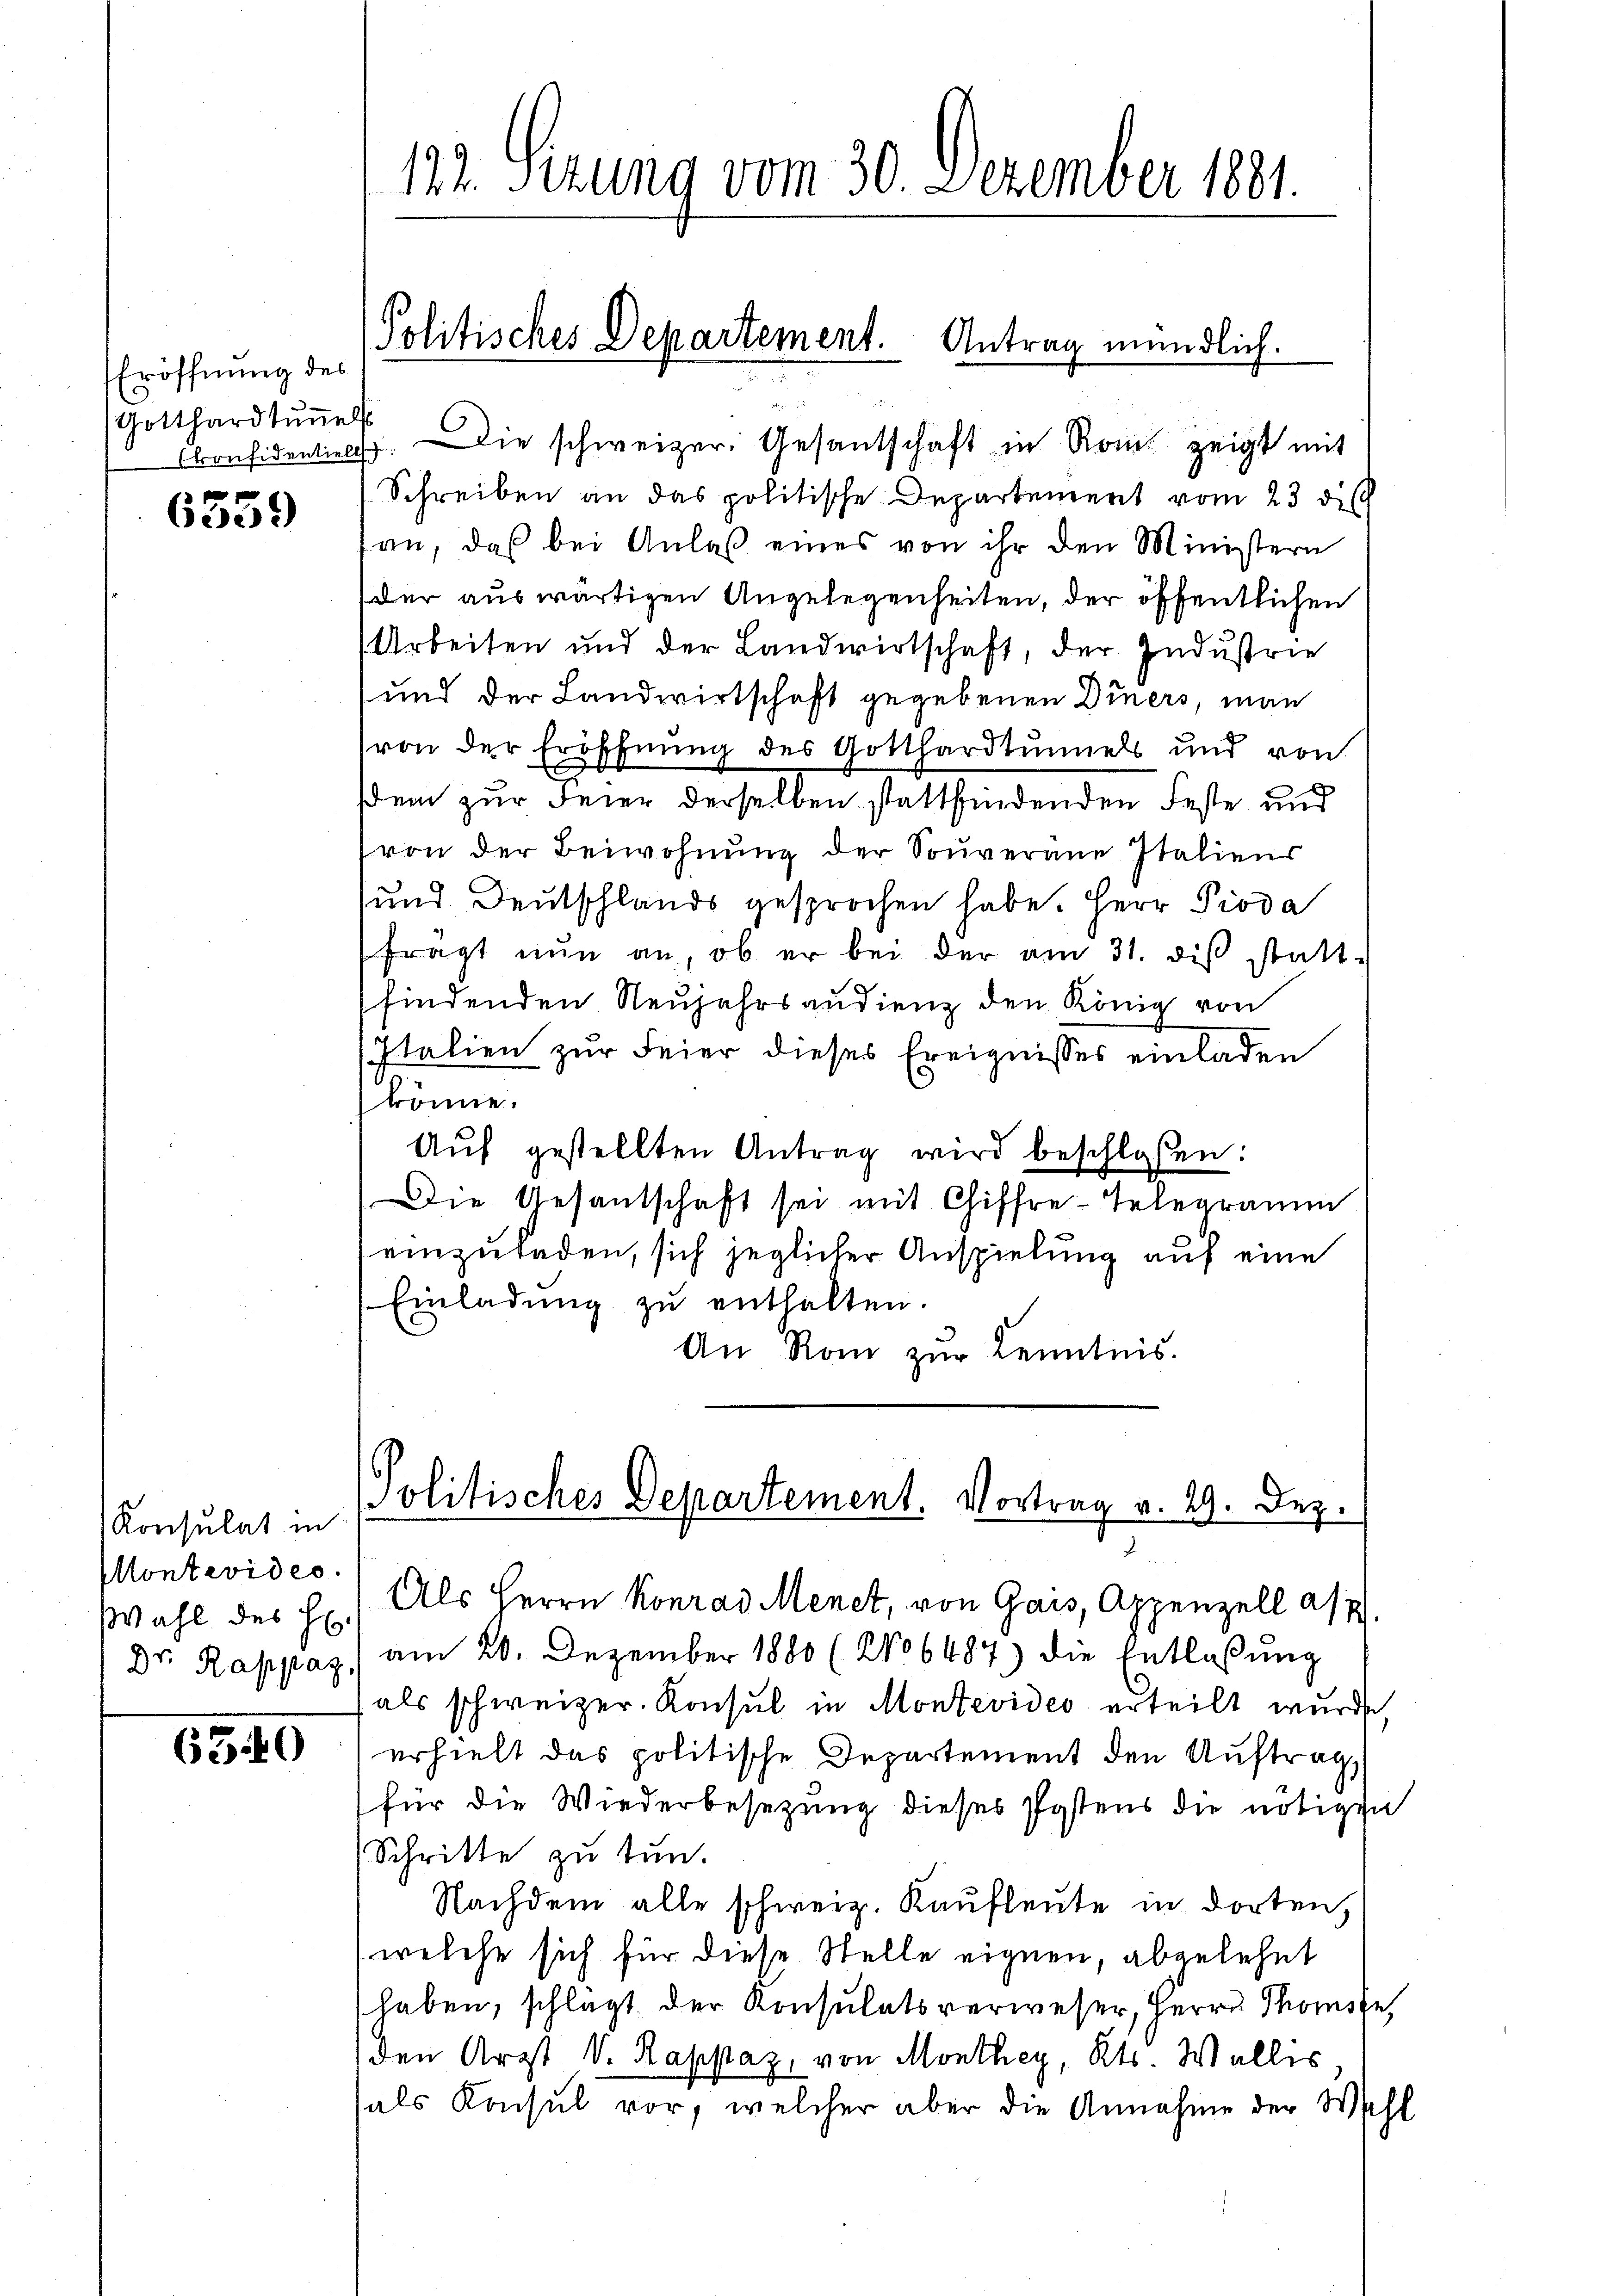
Eröffnung des
Gotthardtŭṅels

6559

Konsulat in
Montevides.
Wahl des H.

6340

Considentiel. Die schweizer. Gesantschaft in Roms zeigt mit
Schreiben an das politische Departement vom 23 di
an, das bei Anlaß eines von ihr den Ministern
der auswärtigen Angelegenheiten, der öffentlichen
Arbeiten und der Landwirtschaft, der Industrie
und der Landwirtschaft gegebenen Diners, man
(von der Eröffnung des Gotthardtunnels und von
dem zur Feier derselben stattfindenden Feste und
von der Beiwohnung der Souverane Italiens
und Deutschlands gesprochen habe. Herr Pioda
fragt nŭn an, ob er bei der am 31. diβ statt-
findenden Neujahrsaudienz den König von
Italien zur Feier dieses Ereignisses einladen
könne.
Aŭf gestellten Antrag wird beschlossen:
Die Gesantschaft sei mit Chiffre-Telegramm
einzuladen, sich jeglicher Anspielung auf eine
Einladŭng zŭ enthalten.
An Rom zur Kenntnis.

122. Sizung vom 30. Dezember 1881.

Politisches Departement. Antrag mündlich.

Politisches Departement. Vortrag v. 29. Dez.

Als Herrn Konrad Menet, von Gais, Appenzell a/7.
Dr. Rappaz, am 20. Dezember 1880 (206487) die Entlassŭng
als schweizer. Konsul in Montevides erteilt wurde,
erhielt das politische Departement den Auftrag
(für die Wiederbesezung dieses Postens die nötigen
Schritte zu tun.
Nachdem alle schweiz. Kaufleute in dorten,
welche sich für diese Stelle eignen, abgelehnt
haben, schlägt der Konsulatsverweser, Herrn Thomste,
den Arzt V. Rappaz, von Monthey, Kts. Wallis
sals Konsul vor, welcher aber die Annahme der Wahl